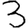
Digit: 3